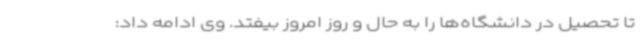
تا تحصیل در دانشگاه‌ها را به حال و روز امروز بیفتد. وی ادامه داد: